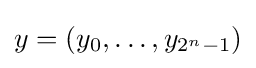
y=(y_{0},\dots ,y_{2^{n}-1})